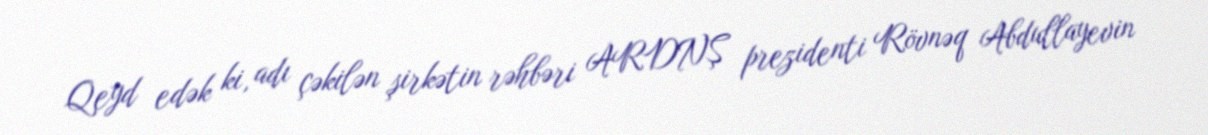
Qeyd edək ki, adı çəkilən şirkətin rəhbəri ARDNŞ prezidenti Rövnəq Abdullayevin